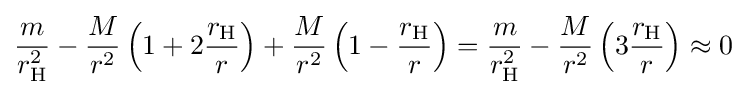
{\frac {m}{r_{\mathrm {H} }^{2}}}-{\frac {M}{r^{2}}}\left(1+2{\frac {r_{\mathrm {H} }}{r}}\right)+{\frac {M}{r^{2}}}\left(1-{\frac {r_{\mathrm {H} }}{r}}\right)={\frac {m}{r_{\mathrm {H} }^{2}}}-{\frac {M}{r^{2}}}\left(3{\frac {r_{\mathrm {H} }}{r}}\right)\approx 0